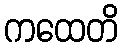
ကထေတိ